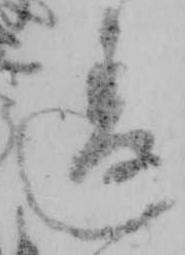
違